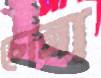
চোনা